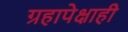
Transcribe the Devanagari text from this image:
ग्रहापेक्षाही